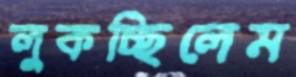
লুকচ্ছিলেম